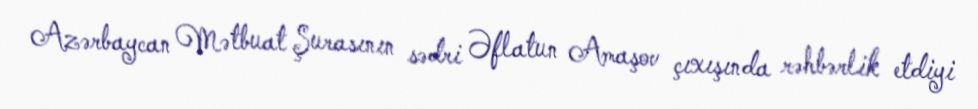
Azərbaycan Mətbuat Şurasının sədri Əflatun Amaşov çıxışında rəhbərlik etdiyi